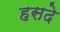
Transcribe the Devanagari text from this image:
हसदे